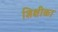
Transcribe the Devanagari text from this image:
शिक्षीका